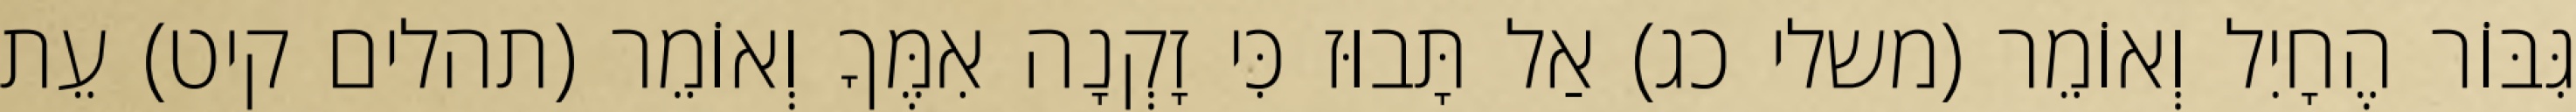
גִּבּוֹר הֶחָיִל וְאוֹמֵר (משלי כג) אַל תָּבוּז כִּי זָקְנָה אִמֶּךָ וְאוֹמֵר (תהלים קיט) עֵת